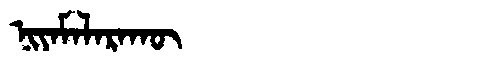
Manchu: ᠨᡳᠶᠠᠮᠠᠯᠠᡵᠠᡴᡡ
Romanization: NIYAMALARAKŪ